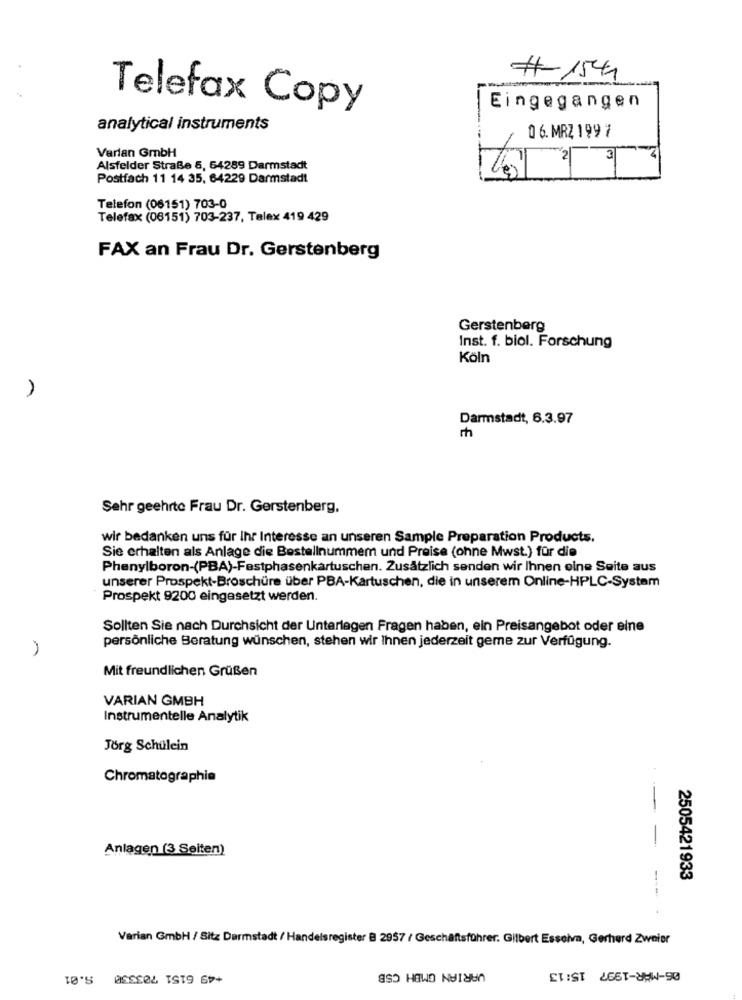
# 1544
Telefax Copy
Eingegangen
analytical instruments
0 6. MRZ 199 7
Varian GmbH
Alsfelder Straße 5, 64289 Darmstadt
Postfach 11 14 35, 64229 Darmstadt
Telefon (06151) 703-0
Telefax (06151) 703-237, Talex 419 429
FAX an Frau Dr. Gerstenberg
Gerstenberg
Inst. f. biol. Forschung
Köln
Darmstadt, 6.3.97
Sehr geehrte Frau Dr. Gerstenberg,
wir bedanken uns für Ihr Interesse an unseren Sample Preparation Products.
Sie erhalten als Anlage die Bestellnummer und Preise (ohne Mwst.) für die
Phenylboron-(PBA)-Festphasenkartuschen. Zusätzlich senden wir Ihnen eine Seite aus
unserer Prospekt-Broschüre über PBA-Kartuschen, die in unserem Online-HPLC-System
Prospekt 9200 eingesetzt werden.
Sollten Sie nach Durchsicht der Unterlagen Fragen haben, ein Preisangebot oder eine
persönliche Beratung wünschen, stehen wir Ihnen jederzeit gerne zur Verfügung.
Mit freundlichen Grüßen
VARIAN GMBH
Instrumentelle Analytik
Jörg Schülein
Chromatographie
Anlagen (3 Seiten)
-
2505421933
Varian GmbH / Sitz Darmstadt / Handelsregister B 2957 / Geschäftsführer. Gilbert Esseiva, Gerhard Zweier
S.01
+49 6151 703330
VARIAN GMBH CSB
ET IST 265T-yHW-90